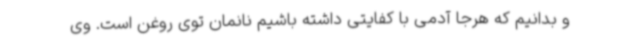
و بدانیم که هرجا آدمی با کفایتی داشته باشیم نانمان توی روغن است. وی